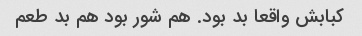
کبابش واقعا بد بود. هم شور بود هم بد طعم